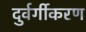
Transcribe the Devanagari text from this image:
दुर्वर्गीकरण